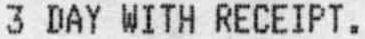
3 DAY WITH RECEIPT.